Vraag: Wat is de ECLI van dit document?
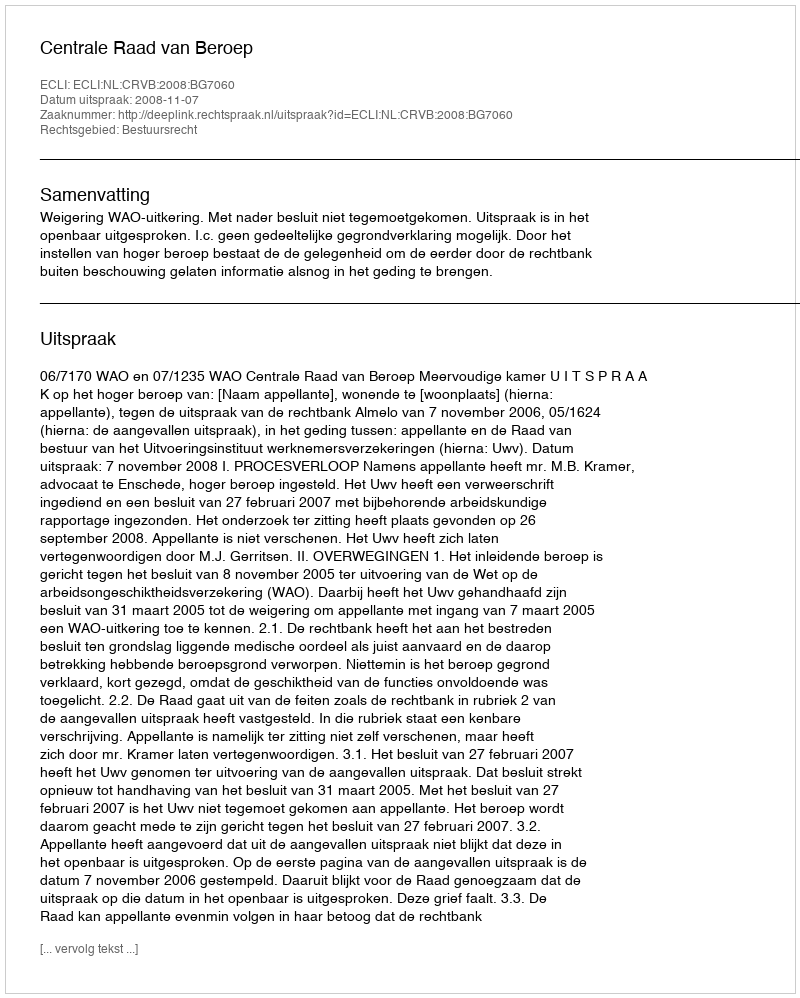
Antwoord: ECLI:NL:CRVB:2008:BG7060